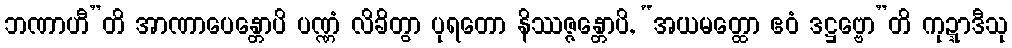
ဘဏာဟီ”တိ အာဏာပေန္တောပိ ပဏ္ဏံ လိခိတွာ ပုရတော နိဿဇ္ဇန္တောပိ, “အယမတ္ထော ဧဝံ ဒဋ္ဌဗ္ဗော”တိ ကုဍ္ဍာဒီသု